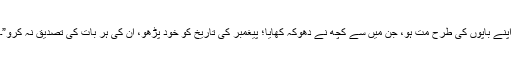
اپنے باپوں کی طرح مت ہو، جن میں سے کچھ نے دھوکہ کھایا؛ پیغمبر کی تاریخ کو خود پڑھو، ان کی ہر بات کی تصدیق نہ کرو”۔